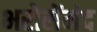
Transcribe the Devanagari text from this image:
भरोसेंमंद